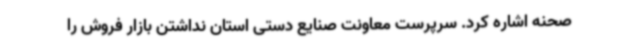
صحنه اشاره کرد. سرپرست معاونت صنایع دستی استان نداشتن بازار فروش را